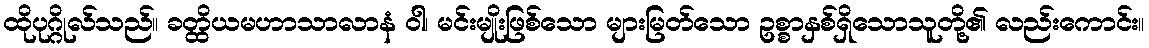
ထိုပုဂ္ဂိုလ်သည်။ ခတ္ထိယမဟာသာလာနံ ဝါ၊ မင်းမျိုးဖြစ်သော များမြတ်သော ဥစ္စာနှစ်ရှိသောသူတို့၏ လည်းကောင်း။